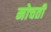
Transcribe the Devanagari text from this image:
नोचती